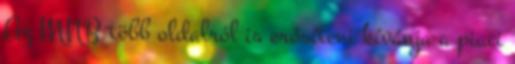
Az MNB több oldalról is erősíteni kívánja a piaci